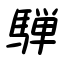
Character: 騨